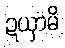
ဍယှာမိ